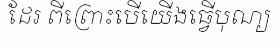
ដែរ ពីព្រោះបើយើងធ្វើបុណ្យ